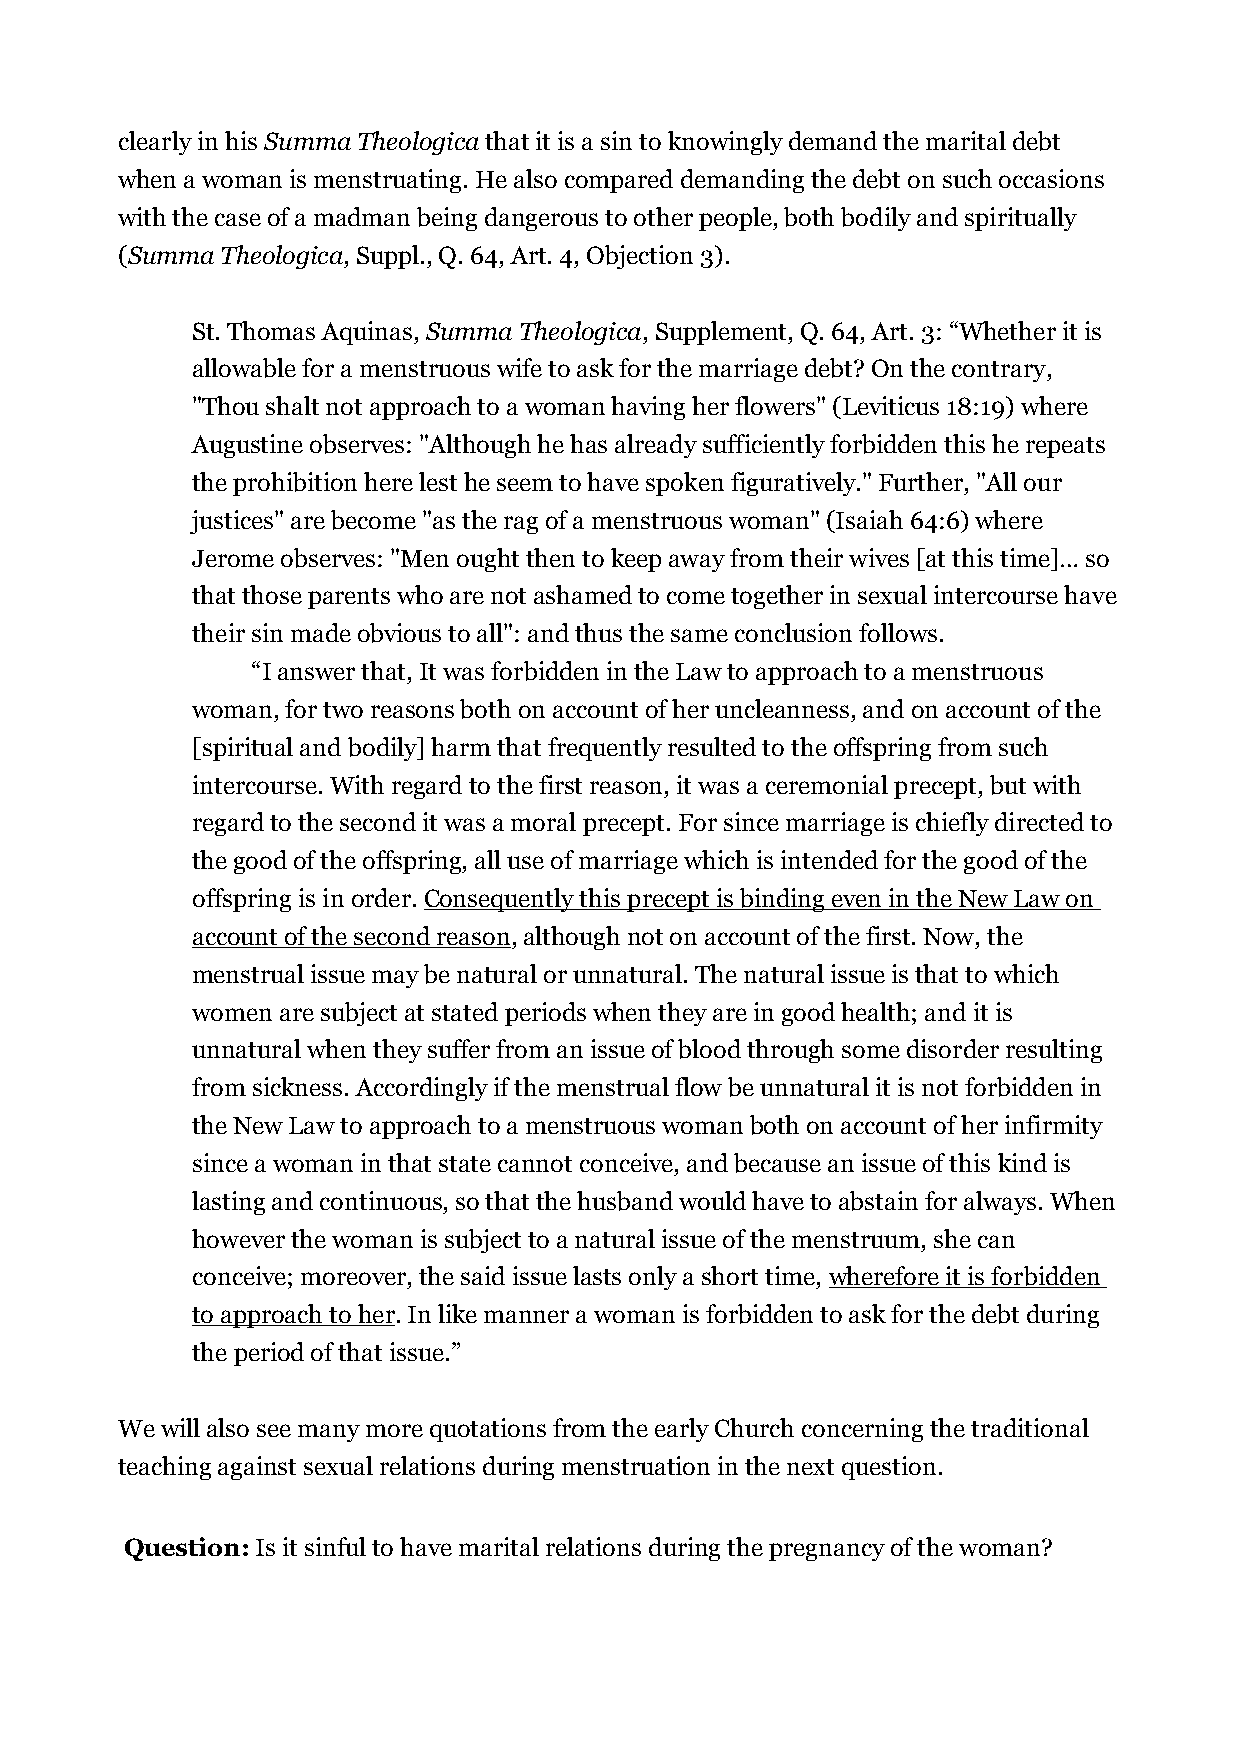
clearly in his Summa Theologica that it is a sin to knowingly demand the marital debt
 when a woman is menstruating. He also compared demanding the debt on such occasions
 with the case of a madman being dangerous to other people, both bodily and spiritually
 (Summa Theologica, Suppl., Q. 64, Art. 4, Objection 3).
 St. Thomas Aquinas, Summa Theologica, Supplement, Q. 64, Art. 3: “Whether it is
 allowable for a menstruous wife to ask for the marriage debt? On the contrary,
 "Thou shalt not approach to a woman having her flowers" (Leviticus 18:19) where
 Augustine observes: "Although he has already sufficiently forbidden this he repeats
 the prohibition here lest he seem to have spoken figuratively." Further, "All our
 justices" are become "as the rag of a menstruous woman" (Isaiah 64:6) where
 Jerome observes: "Men ought then to keep away from their wives [at this time]… so
 that those parents who are not ashamed to come together in sexual intercourse have
 their sin made obvious to all": and thus the same conclusion follows.
 “I answer that, It was forbidden in the Law to approach to a menstruous
 woman, for two reasons both on account of her uncleanness, and on account of the
 [spiritual and bodily] harm that frequently resulted to the offspring from such
 intercourse. With regard to the first reason, it was a ceremonial precept, but with
 regard to the second it was a moral precept. For since marriage is chiefly directed to
 the good of the offspring, all use of marriage which is intended for the good of the
 offspring is in order. Consequently this precept is binding even in the New Law on
 account of the second reason, although not on account of the first. Now, the
 menstrual issue may be natural or unnatural. The natural issue is that to which
 women are subject at stated periods when they are in good health; and it is
 unnatural when they suffer from an issue of blood through some disorder resulting
 from sickness. Accordingly if the menstrual flow be unnatural it is not forbidden in
 the New Law to approach to a menstruous woman both on account of her infirmity
 since a woman in that state cannot conceive, and because an issue of this kind is
 lasting and continuous, so that the husband would have to abstain for always. When
 however the woman is subject to a natural issue of the menstruum, she can
 conceive; moreover, the said issue lasts only a short time, wherefore it is forbidden
 to approach to her. In like manner a woman is forbidden to ask for the debt during
 the period of that issue.”
 We will also see many more quotations from the early Church concerning the traditional
 teaching against sexual relations during menstruation in the next question.
 Question: Is it sinful to have marital relations during the pregnancy of the woman?